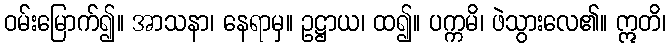
ဝမ်းမြောက်၍။ အာသနာ၊ နေရာမှ။ ဥဋ္ဌာယ၊ ထ၍။ ပက္ကမိ၊ ဖဲသွားလေ၏။ ဣတိ၊